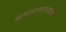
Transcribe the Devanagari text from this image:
माणसामाणसाला